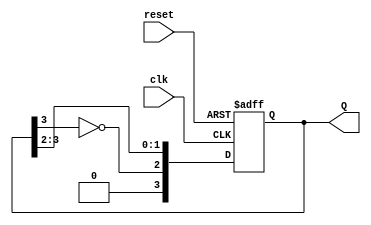
module johnson_counter #(
    parameter N = 4  // Number of flip-flops (can be changed as needed)
)(
    input wire clk,       // Clock signal
    input wire reset,     // Reset signal
    output reg [N-1:0] Q // Output state of the counter
);

    // Sequential logic for the Johnson Counter
    always @(posedge clk or posedge reset) begin
        if (reset) begin
            Q <= 0; // Initialize to 0000
        end else begin
            Q <= {~Q[N-1], Q[N-1:N-2]}; // Shift and invert the last bit
        end
    end

endmodule